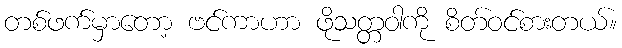
တစ်ဖက်မှာတော့ ဗင်ကာဟာ ဖိုသတ္တဝါကို စိတ်ဝင်စားတယ်။